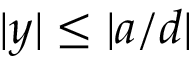
| y | \leq | a / d |